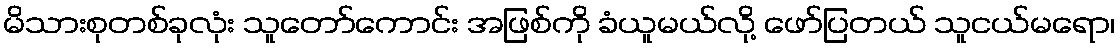
မိသားစုတစ်ခုလုံး သူတော်ကောင်း အဖြစ်ကို ခံယူမယ်လို့ ဖော်ပြတယ် သူငယ်မရော၊